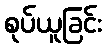
စုပ်ယူခြင်း